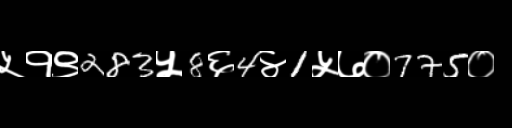
Text: ५१९283५8६4४1५७०775०